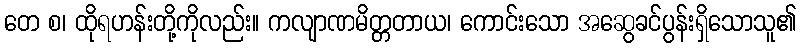
တေ စ၊ ထိုရဟန်းတို့ကိုလည်း။ ကလျာဏမိတ္တတာယ၊ ကောင်းသော အဆွေခင်ပွန်းရှိသောသူ၏